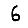
Digit: 6